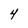
Character: 4